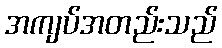
အကျပ်အတည်းသည်